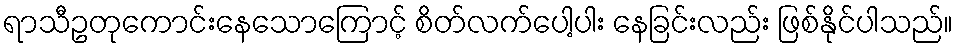
ရာသီဥတုကောင်းနေသောကြောင့် စိတ်လက်ပေါ့ပါး နေခြင်းလည်း ဖြစ်နိုင်ပါသည်။